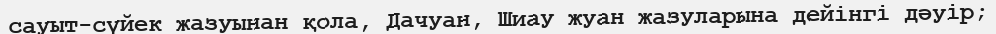
сауыт-сүйек жазуынан қола, Дачуан, Шиау жуан жазуларына дейінгі дәуір;